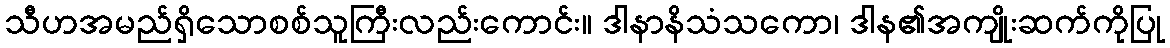
သီဟအမည်ရှိသောစစ်သူကြီးလည်းကောင်း။ ဒါနာနိသံသကော၊ ဒါန၏အကျိုးဆက်ကိုပြု